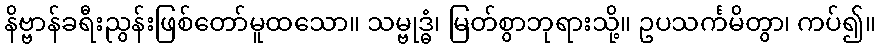
နိဗ္ဗာန်ခရီးညွန်းဖြစ်တော်မူထသော။ သမ္ဗုဒ္ဓံ၊ မြတ်စွာဘုရားသို့။ ဥပသင်္ကမိတွာ၊ ကပ်၍။